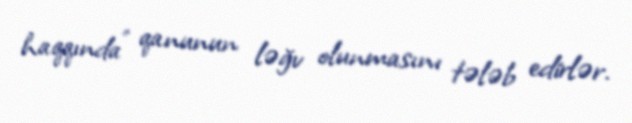
haqqında" qanunun ləğv olunmasını tələb edirlər.